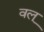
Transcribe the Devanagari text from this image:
वल्‌